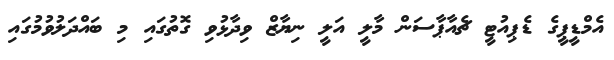
އެމްޑީޕީގެ ޑެޕިއުޓީ ޗެއާޕާސަން މާލީ އަލީ ނިޔާޒް ވިދާޅުވި ގޮތުގައި މި ބައްދަލުވުމުގައި